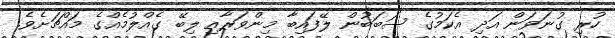
ހުރި ގުނަވަން އަދި އެކަމުގެ ސަބަބުން ލޭފައިބާ މިންވަރާއި ލިބޭ ގެއްލުމެއްގެ މައްޗަށެވެ.